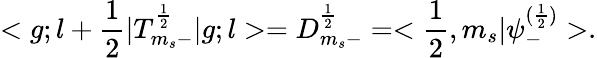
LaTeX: <g;l+\frac{1}{2}|T_{m_{s}-}^{\frac{1}{2}}|g;l>=D_{m_{s}-}^{\frac{1}{2}}=<\frac{1}{2},m_{s}|{\psi}_{-}^{(\frac{1}{2})}>.